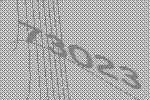
73023